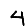
Digit: 4